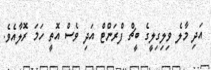
އަދި މާލެ ވިލިގިލީގެ ބީޗް ފްރަންޓް އަދި ވެސް އޮތީ ހަމަ ރޮލާއެވެ.